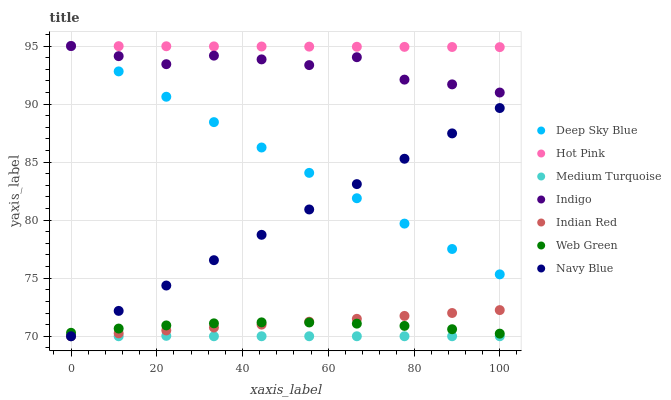
| xaxis_label | Deep Sky Blue | Hot Pink | Medium Turquoise | Indigo | Indian Red | Web Green | Navy Blue |
 | --- | --- | --- | --- | --- | --- | --- | --- |
 | 0 | 95 | 95 | 70 | 95 | 70 | 70.3 | 70 |
 | 11.1 | 92.8 | 95 | 70 | 94.1 | 70.3 | 70.7 | 72.2 |
 | 22.2 | 90.6 | 95 | 70 | 93.4 | 70.5 | 70.9 | 74.4 |
 | 33.3 | 88.4 | 95 | 70 | 94.2 | 70.8 | 71.1 | 76.6 |
 | 44.4 | 86.3 | 95 | 70 | 93.8 | 71 | 71.2 | 78.7 |
 | 55.6 | 84.1 | 94.9 | 70 | 93.4 | 71.3 | 71.2 | 80.9 |
 | 66.7 | 81.9 | 94.9 | 70 | 94 | 71.5 | 71.1 | 83.1 |
 | 77.8 | 79.7 | 94.9 | 70 | 92.1 | 71.8 | 70.9 | 85.3 |
 | 88.9 | 77.5 | 94.9 | 70 | 91.7 | 72 | 70.6 | 87.5 |
 | 100 | 75.3 | 94.9 | 70 | 91 | 72.3 | 70.2 | 89.7 |